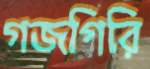
গজগিরি